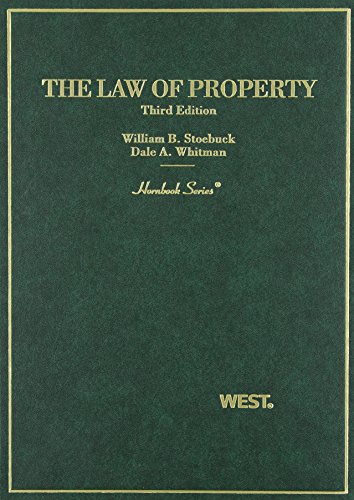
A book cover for Law of Property (Hornbook); William Stoebuck; Law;